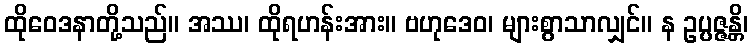
ထိုဝေဒနာတို့သည်။ အဿ၊ ထိုရဟန်းအား။ ဗဟုဒေဝ၊ များစွာသာလျှင်။ န ဥပ္ပဇ္ဇန္တိ၊